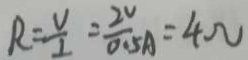
R = \frac { V } { I } = \frac { 2 v } { 0 . 5 A } = 4 \Omega